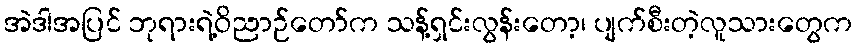
အဲဒါအပြင် ဘုရားရဲ့ဝိညာဉ်တော်က သန့်ရှင်းလွန်းတော့၊ ပျက်စီးတဲ့လူသားတွေက